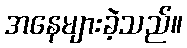
အနေများခဲ့သည်။